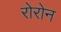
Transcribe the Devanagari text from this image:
रोरोन